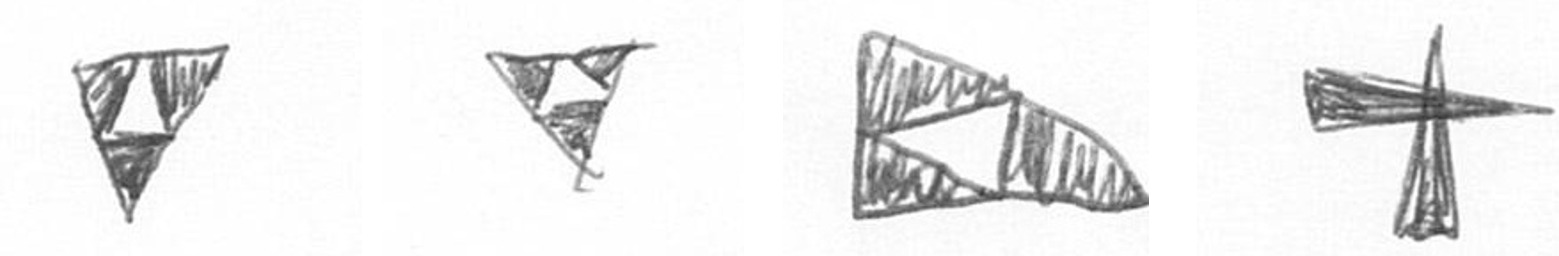
S S K G